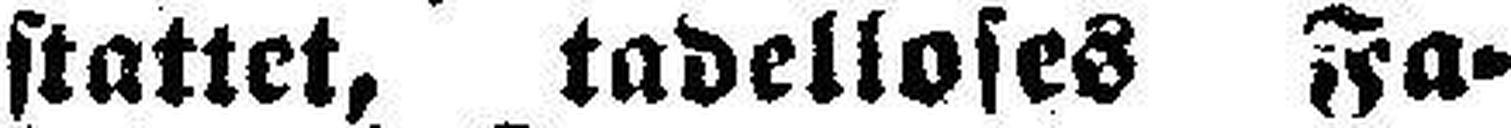
stattet, tadelloses Fa¬